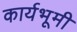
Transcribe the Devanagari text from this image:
कार्यभूमी